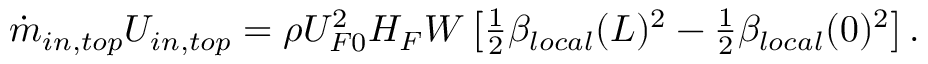
\begin{array} { r } { \Dot { m } _ { i n , t o p } U _ { i n , t o p } = \rho U _ { F 0 } ^ { 2 } H _ { F } W \left[ \frac { 1 } { 2 } \beta _ { l o c a l } ( L ) ^ { 2 } - \frac { 1 } { 2 } \beta _ { l o c a l } ( 0 ) ^ { 2 } \right] . } \end{array}